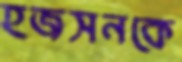
হজসনকে